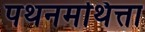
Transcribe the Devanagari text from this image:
पथनमथित्ता